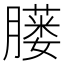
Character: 𦡢